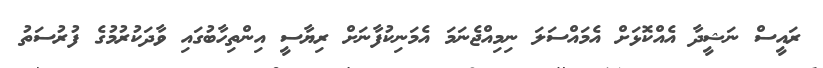
ރައީސް ނަޝީދާ އެއްކޮޅަށް އެމައްސަލަ ނިމިއްޖެނަމަ އެމަނިކުފާނަށް ރިޔާސީ އިންތިހާބުގައި ވާދަކުރުމުގެ ފުރުސަތު